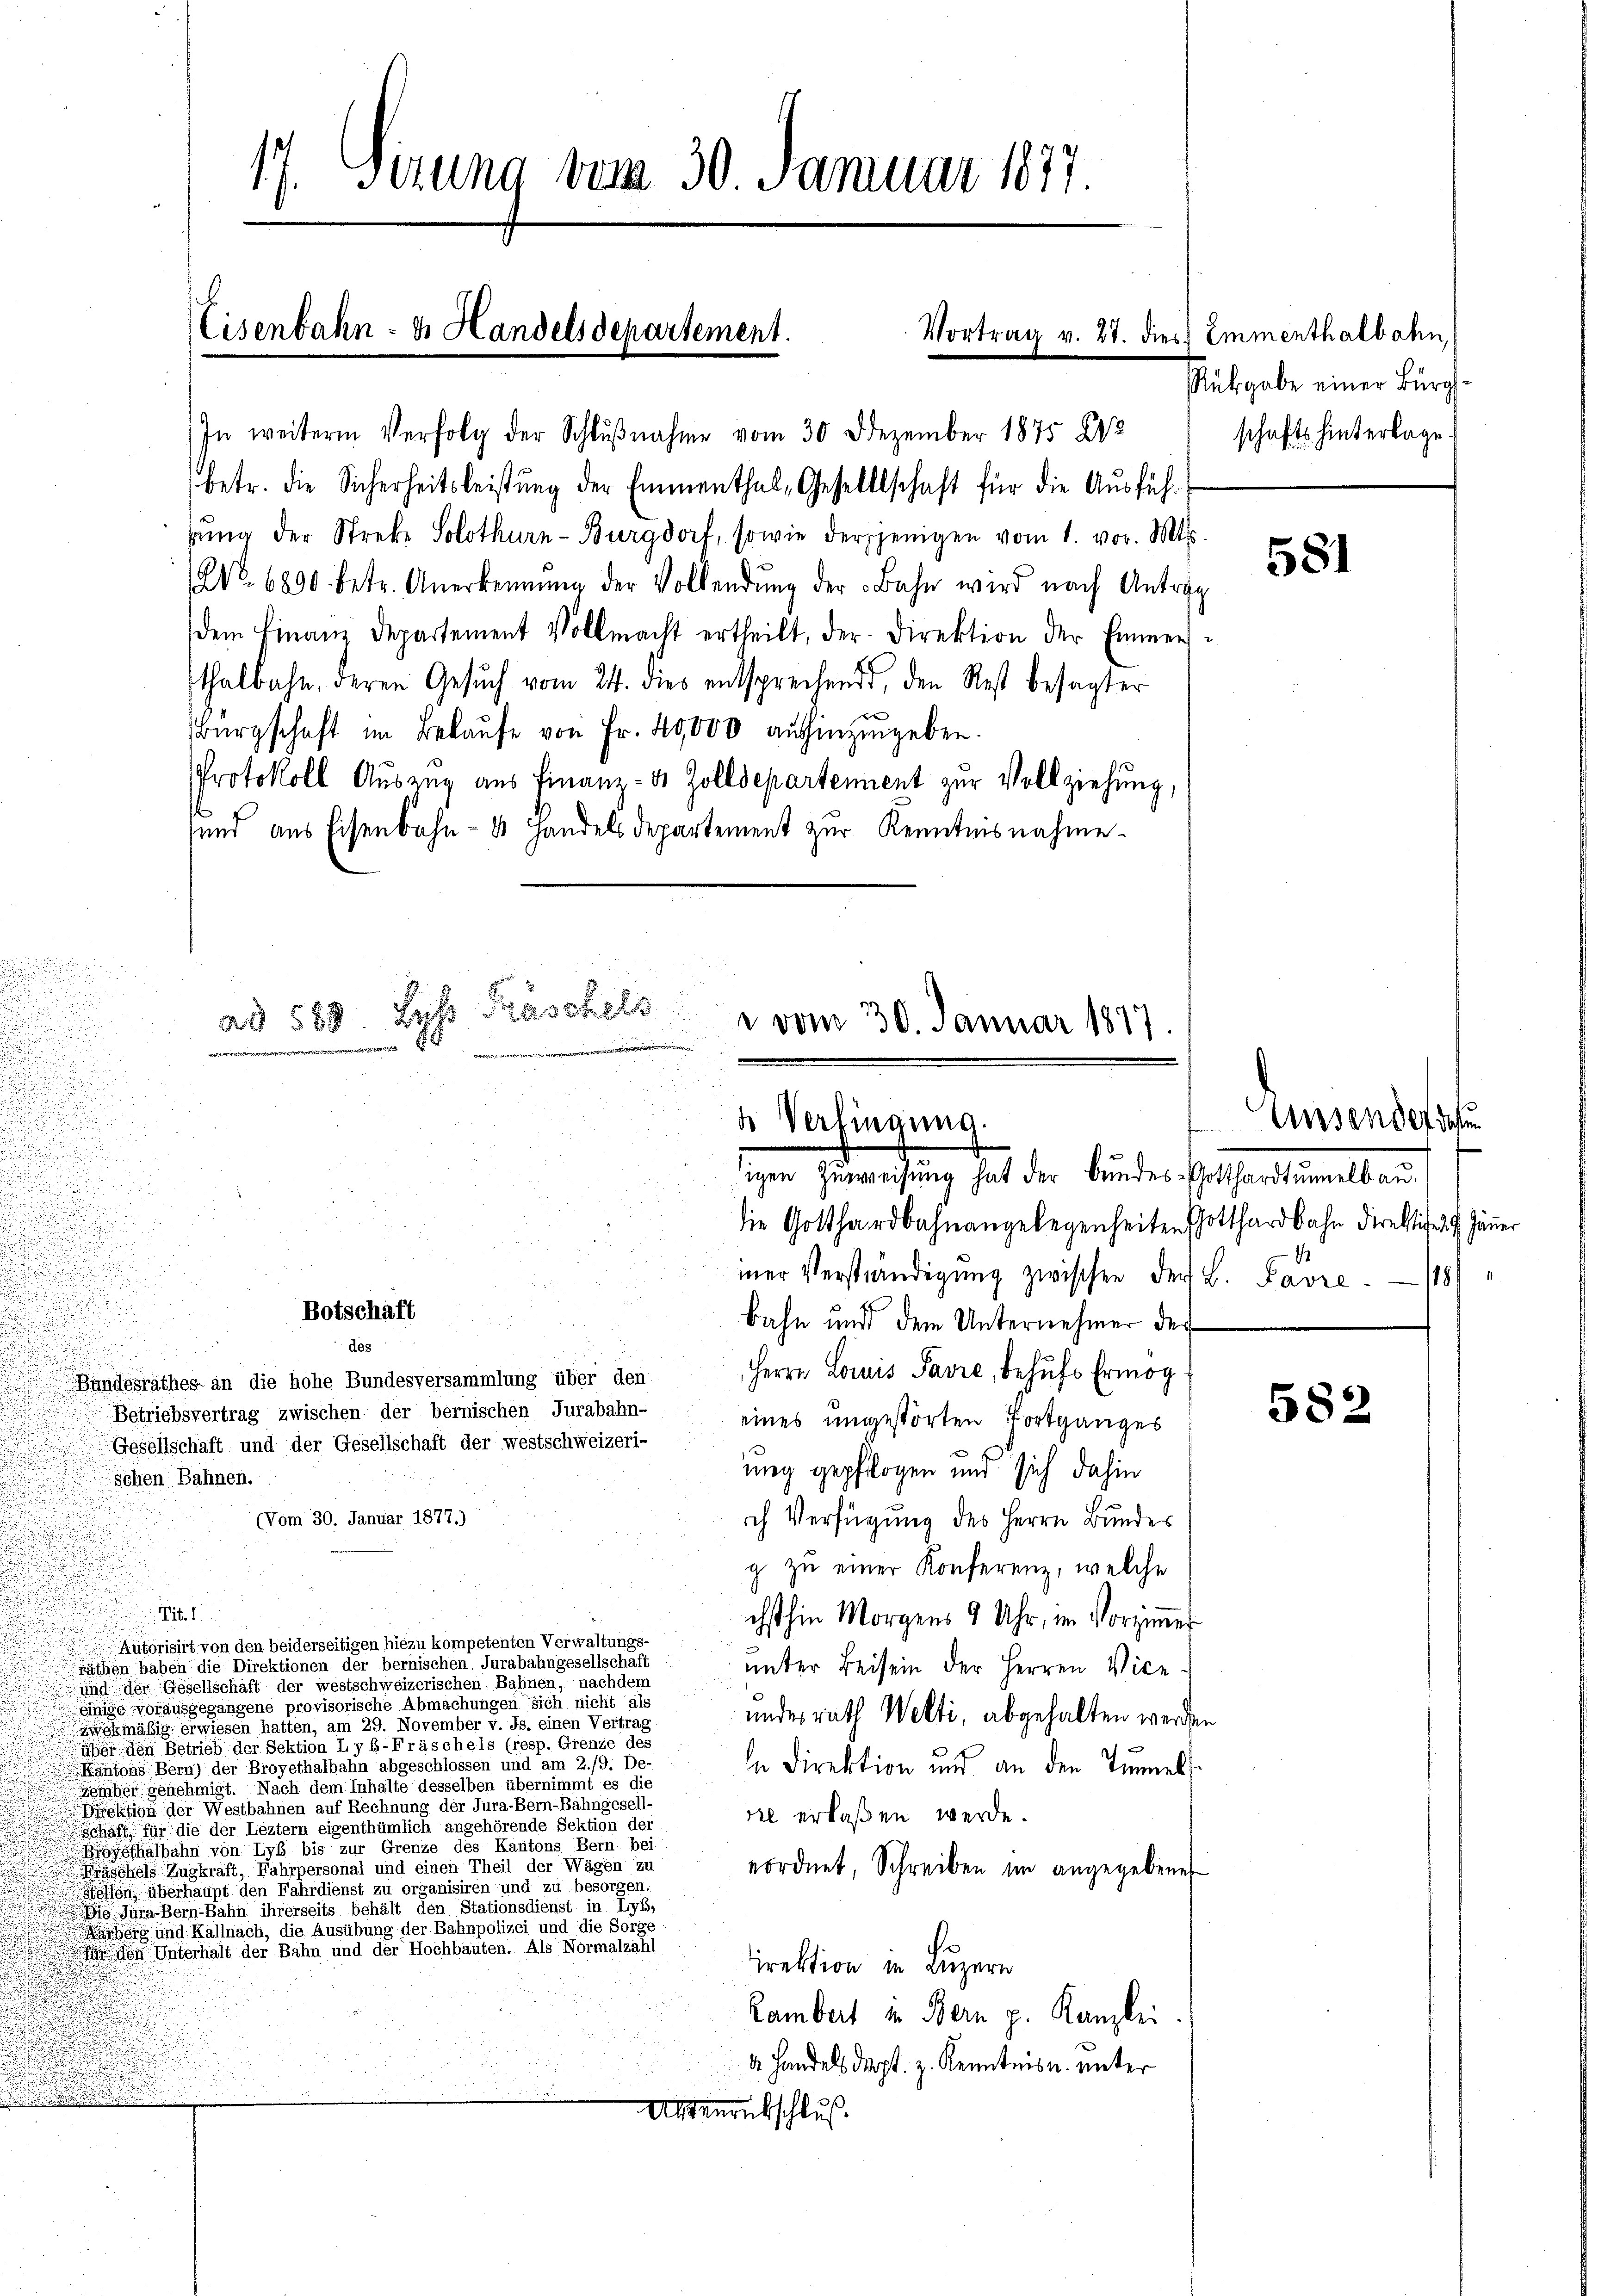
d

u

.

e
e
.

s

n
.

17. Sierung vom 30. Januar 1877

Eisenbahn- u. Handelsdepartement.
Vortrag v. 21. dies

In weitere Verfolg der Schlŭβnahme vom 30. Dezember 1875 843
betr. die Sicherheitsleistung der Emmenthal, Gesellschaft für die Ausfühgŭng der Streke Solothurn-Burgdorf, sowie derjenigen vom 1. vor. Mts.
(No. 6800. betr. Anerkennung der Vollendŭng der Bahn wird nach Antrag
dem Finanz Departement Vollmacht ertheilt, der Direktion der Emmersthalbahn, deren Gesŭch vom 24. dies entsprechend, den Rest besagter
Bürgschaft im Bekaŭfe von Fr. 40,000 aushinzugeben.
Protokoll Auszug aus Finanz- & Zolldepartement zur Vollziehung,
sund aus Eisenbahn- & Handels Departement zur Kenntnisnahme.

die Gotthardbahnangelegenheiten Gotthardbahn direktichen Jäner
iner Verständigung zwischen der L. Favre¬

bahn und dem Unternehmer der
des
Herrn Louis Parre, behufs Ermög
Bundesrathes an die hohe Bundesversammlung über den
i
eines ungestörten Fortganges
ung gepflogen und sich dahin
schen Bahnen.
(Vom 30. Januar 1877.)
rch Verfügung des Herrn Bundes
g zu einer Konferenz, welche
Pit.1
chsthin Morgens 9 Uhr, im Vorzimmer
Autorisirt von den beiderseitigen hiezu kompetenten Verwaltungs-
räthen haben die Direktionen der bernischen Jurabahngesellschäft
unter Beisein der Herren Vice
und der Gesellschaft der westschweizerischen Bahnen, nachdem
einige vorausgegangene provisorische Abmachungen sich nicht als
undesrath Welti, abgehalten werden
uckmäßig erwiesen hatten, am 29. November v. Js. einen Vertrag
über den Betrieb der Sektion Lyb-Fräschels (resp. Grenze des
Kantons Bern) der Broyethalbahn abgeschlossen und am 2./9. De-
in Direktion und an den Tunnels.
iber genehmigt. Nach dem Inhalte desselben übernimmt es die
iktion der Westbahnen auf Rechnung der Jura-Bern-Bahngesell-
sie erlaßen werde.
schaft für die der Leztern eigenthümlich angehörende Sektion der
ysthalbahn von Lyb bis zur Grenze des Kantons Bern bei
äschels Zugkraft, Fahrpersonal und einen Theil der Wägen zu
eordnet, Schreiben im angegebener
eien überhaupt den Fahrdienst zu organisiren und zu besorgen
 Jena Bern Bahn ihrerseits behält den Stationsdienst in Tyb,
arberg und Kallnach, die Ausübung der Bahnpolizei und die Sorge
den Unterhalt der Bahn und der Hochbauten. Als Normalzahl
irektion in Luzern
Lambert in Bern p. Kanzlei
d Handels dept. z. Kenntnis u. unter
Alterabschluß

ad 588 Lyss Fräschels vom 30. Januar 1817
e

d
3 Verfingung.
igen Zŭsweisŭng hat der Bundes Gotthardtunnelbau.

Botschaft

Betriebsvertrag zwischen der bernischen Jurabahn-
Gesellschaft und der Gesellschaft der westschweizeri-

Emmenthalbahn,
Rubgabe einer Bürg
schafts hinterlage

581

Einsendorf
118/

582